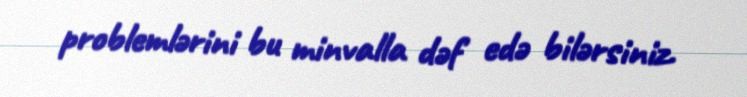
problemlərini bu minvalla dəf edə bilərsiniz.